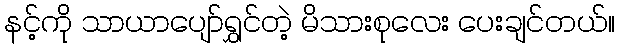
နင့်ကို သာယာပျော်ရွှင်တဲ့ မိသားစုလေး ပေးချင်တယ်။